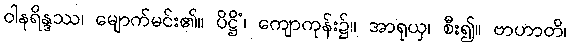
ဝါနရိန္ဒဿ၊ မျောက်မင်း၏။ ပိဋ္ဌိံ၊ ကျောကုန်း၌။ အာရုယှ၊ စီး၍။ ဗာဟာတိ၊